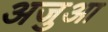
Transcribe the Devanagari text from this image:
अजुआ